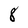
Character: 8